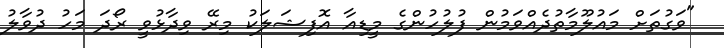
"ވަގުތަށް މައުލޫމާތުދެއްވަމުން ފުލުހުންގެ މީޑިއާ އޮފިޝަލަކު މިރޭ ވިދާޅުވީ ރޯދަ މަހު ދުވާލު